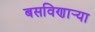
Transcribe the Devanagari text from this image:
बसविणार्‍या